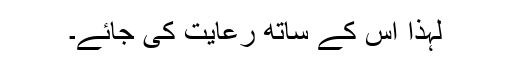
لہٰذا اس کے ساتھ رعایت کی جائے۔